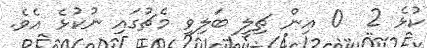
ކުޅެ 2  0 އިން ޗިލީ ބަލިވި މެޗުގައި ނުކުޅެ އެވެ.